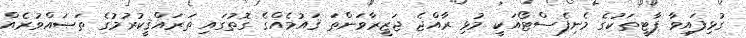
ގުޅިފައިވާ ޕާޓީތަކުގެ މެނިފެސްޓޯއަކީ މުޅި ރާއްޖެ ޖަޒީރާވަންތަ ޤައުމެއްގެ ގޮތުގައި ތަރައްޤީކުރުމުގެ ތަޞައްވުރެއް